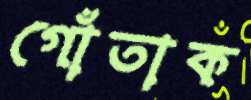
গোঁতাক